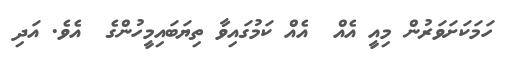
ހަމަކަށަވަރުން މިއީ އެއް  އެއް ކަމުގައިވާ ތިޔަބައިމީހުންގެ  އެވެ. އަދި